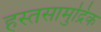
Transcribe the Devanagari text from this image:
हस्तसामुद्रिक